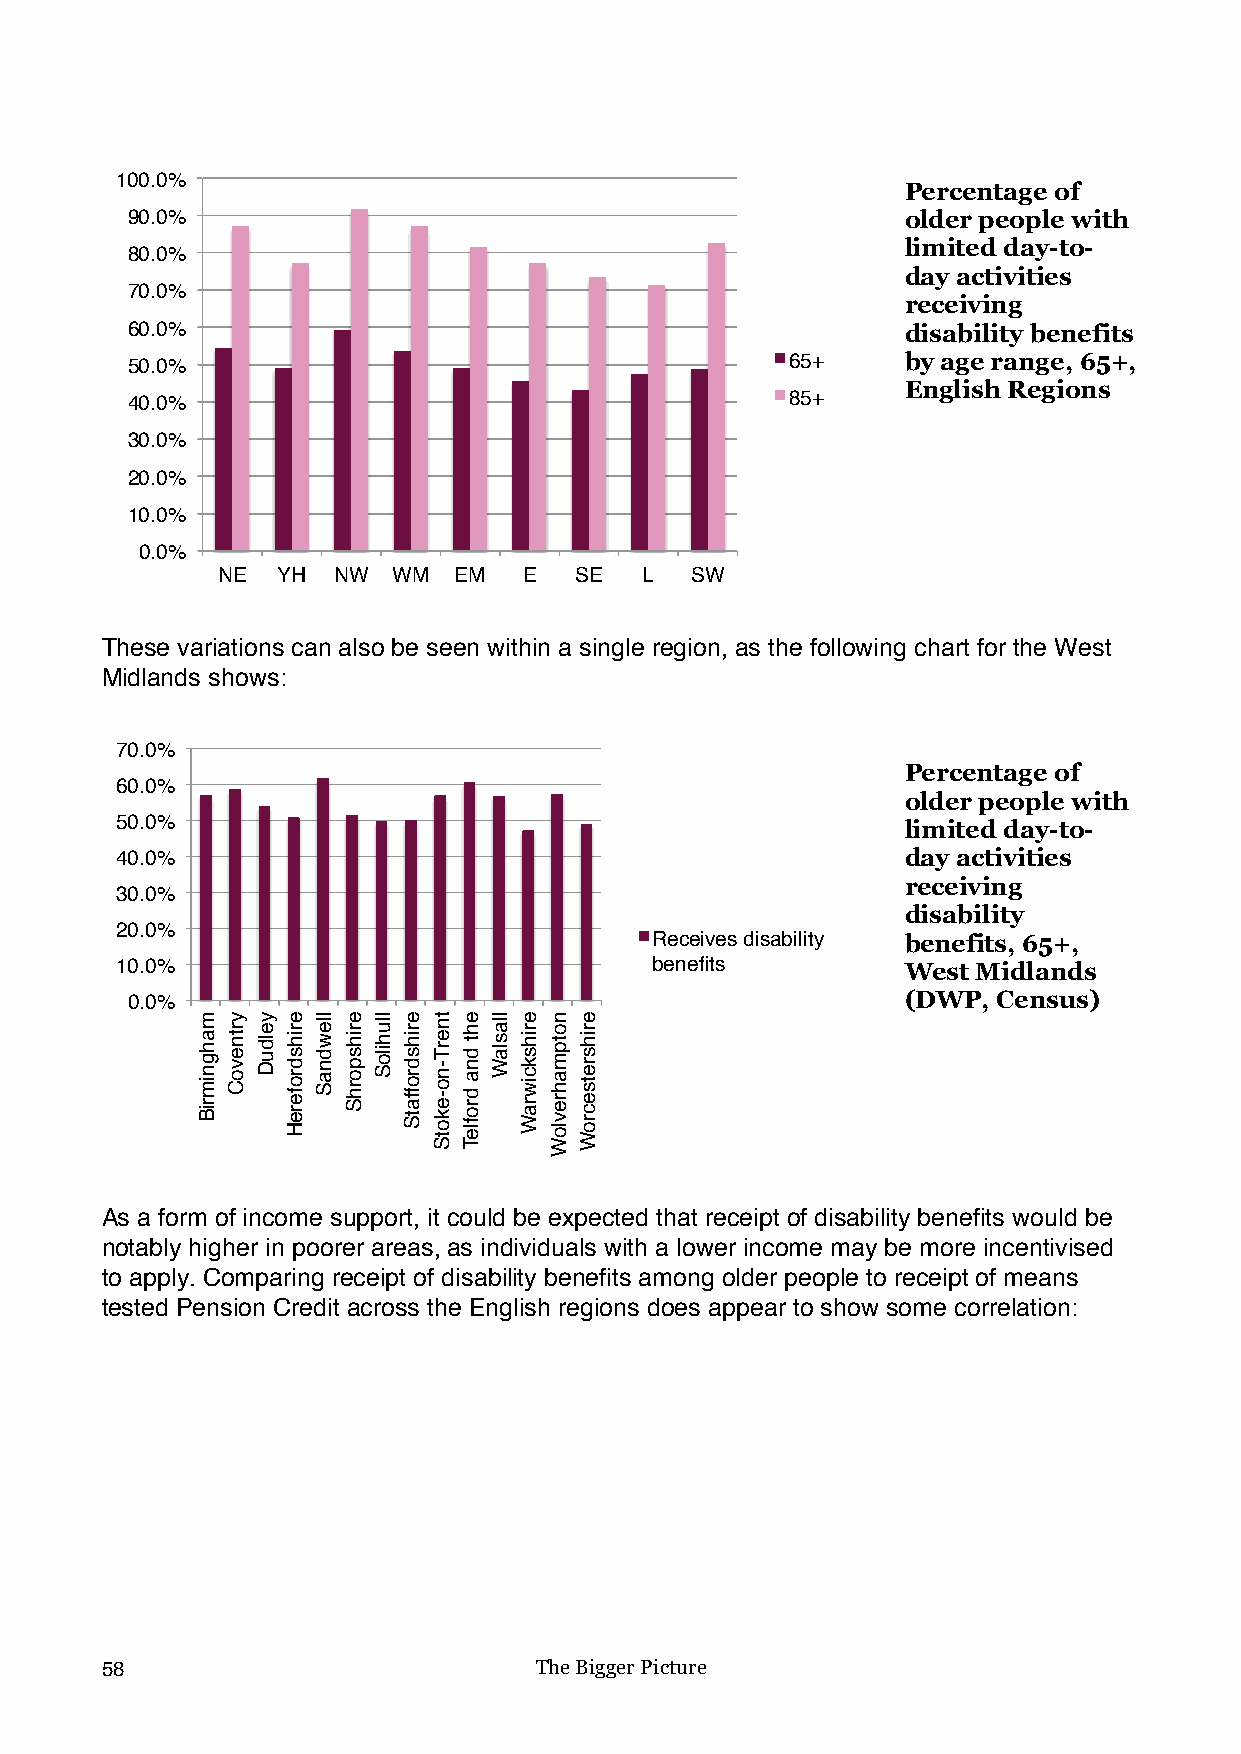
100.0%
 Percentage of
 90.0%                                               older people with
 limited day-to-
 80.0%
 day activities
 70.0%
 receiving
 60.0%                                               disability benefits
 50.0%                                       65+     by age range, 65+,
 English Regions
 40.0%                                       85+
 (DWP, Census)
 30.0%
 20.0%
 10.0%
 0.0%
 NE  YH  NW  WM  EM   E  SE  L   SW
 These variations can also be seen within a single region, as the following chart for the West
 Midlands shows:
 70.0%
 Percentage of
 60.0%
 older people with
 50.0%                                               limited day-to-
 40.0%                                               day activities
 receiving
 30.0%
 disability
 20.0%
 Receives disability benefits, 65+,
 10.0%                              benefits         West Midlands
 0.0%                                                (DWP, Census)
 As a form of income support, it could be expected that receipt of disability benefits would be
 notably higher in poorer areas, as individuals with a lower income may be more incentivised
 to apply. Comparing receipt of disability benefits among older people to receipt of means
 tested Pension Credit across the English regions does appear to show some correlation:
 58                          The Bigger Picture
 mahgnimriB yrtnevoC yelduD erihsdrofereH llewdnaS erihsporhS lluhiloS erihsdroffatS tnerT-no-ekotS eht
 dna
 drofleT
 llaslaW erihskciwraW notpmahrevloW erihsretsecroW